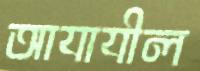
আযাযীল